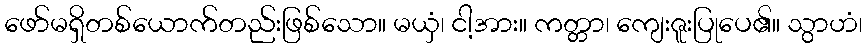
ဖော်မရှိတစ်ယောက်တည်းဖြစ်သော။ မယှံ၊ ငါ့အား။ ကတ္တာ၊ ကျေးဇူးပြုပေ၏။ သွာဟံ၊